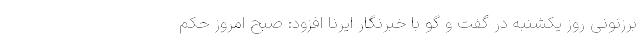
برزنونی روز یکشنبه در گفت و گو با خبرنگار ایرنا افزود: صبح امروز حکم